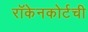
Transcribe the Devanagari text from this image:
रॉकेनकोर्टची